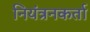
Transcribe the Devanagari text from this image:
नियंत्रनकर्ता